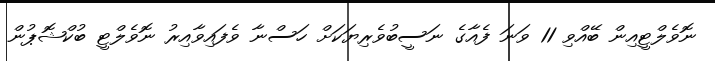
ނޮވެލްޓީއިން ބޭއްވި 11 ވަނަ ފެއާގެ ނަސީބުވެރިޔަކަށް ހަސްނާ ވެފައިވާއިރު ނޮވެލްޓީ ބުކްޝޮޕުން